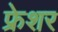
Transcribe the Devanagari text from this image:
फ्रेशर